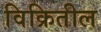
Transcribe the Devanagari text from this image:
विक्रितील